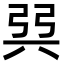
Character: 㢲